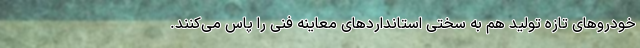
خودروهای تازه تولید هم به سختی استانداردهای معاینه فنی را پاس می‌کنند.